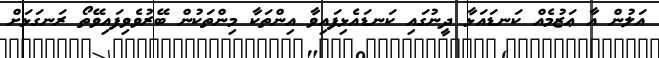
އަލުން އާ ޢަޒުމެއް ކަނޑައަޅާ ދީނުގައި ކަނޑައެޅިފައިވާ އިންތަކާ މިންތަކުން ބޭރުވެވިފައިވޭތޯ ރަނގަޅަށް